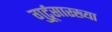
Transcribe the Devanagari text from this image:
गुर्टूसारख्या